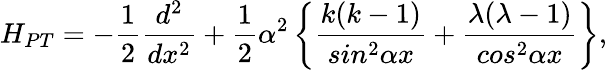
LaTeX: H_{PT}=-\frac{1}{2}\frac{d^{2}}{dx^{2}}+\frac{1}{2}\alpha^{2}\left\{ \frac{k(k-1)}{sin^{2}\alpha{x}}+\frac{\lambda(\lambda-1)}{cos^{2}\alpha{x}}\right\} ,